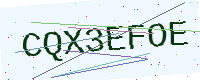
Text: CQX3EFOE